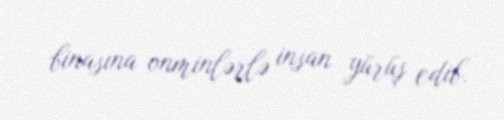
binasına onminlərlə insan yürüş edib.